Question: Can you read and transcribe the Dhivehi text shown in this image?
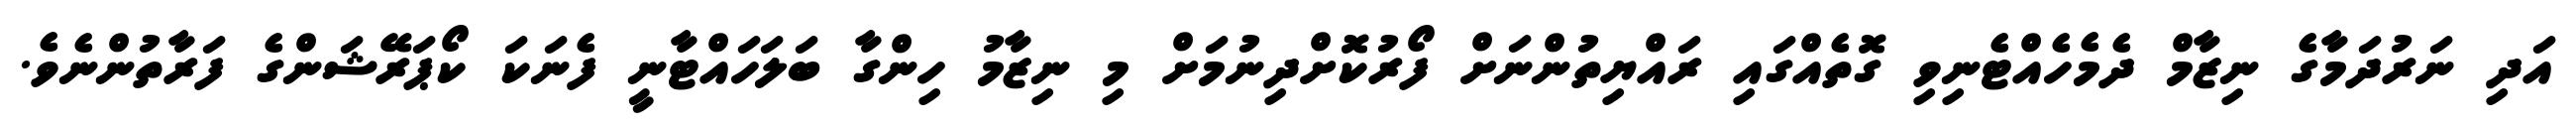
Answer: އަދި ނަރުދަމާގެ ނިޒާމް ދެމެހެއްޓެނިވި ގޮތެއްގައި ރައްޔިތުންނަށް ފޯރުކޮށްދިނުމަށް މި ނިޒާމު ހިންގާ ބަލަހައްޓާނީ ފެނަކަ ކޯޕަރޭޝަންގެ ފަރާތުންނެވެ.